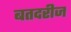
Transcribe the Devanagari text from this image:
बतदरीज